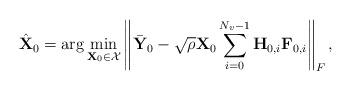
LaTeX: \begin{align*}\hat{\textbf{X}}_{0} = \arg \mathop {\min }\limits_{\textbf{X}_{0}\in {\cal X}} \left\| {\bar{\textbf{Y}}_{0} - \sqrt \rho{\textbf{X}_{0}\sum\limits_{i=0}^{N_v-1}\textbf{H}_{0,i}\textbf{F}_{0,i}}}\right\|_F,\end{align*}